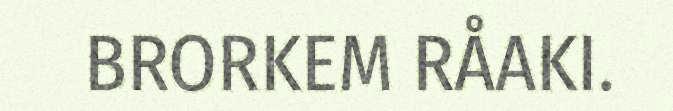
BRORKEM RÅAKI.